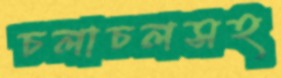
চলাচলসহ